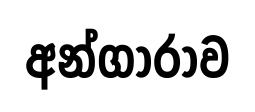
අන්ගාරාව